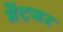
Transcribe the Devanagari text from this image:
मेंटजर